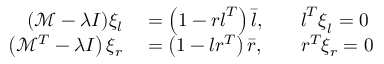
\begin{array} { r l r l } { ( \mathcal { M } - \lambda I ) \xi _ { l } } & { { } = \left( 1 - \boldsymbol { r } \boldsymbol { l } ^ { T } \right) \bar { \boldsymbol { l } } , } & { } & { { } \boldsymbol { l } ^ { T } \boldsymbol { \xi } _ { l } = 0 } \\ { \left( \mathcal { M } ^ { T } - \lambda I \right) \xi _ { r } } & { { } = \left( 1 - \boldsymbol { l } \boldsymbol { r } ^ { T } \right) \bar { \boldsymbol { r } } , } & { } & { { } \boldsymbol { r } ^ { T } \xi _ { r } = 0 } \end{array}